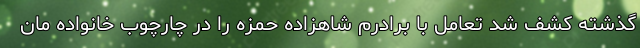
گذشته کشف شد تعامل با برادرم شاهزاده حمزه را در چارچوب خانواده مان